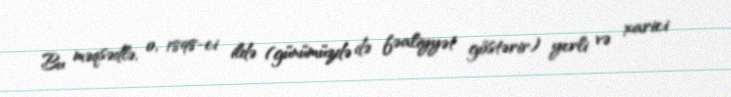
Bu məqsədlə, o, 1898-ci ildə (günümüzdə də fəaliyyət göstərir) yerli və xarici